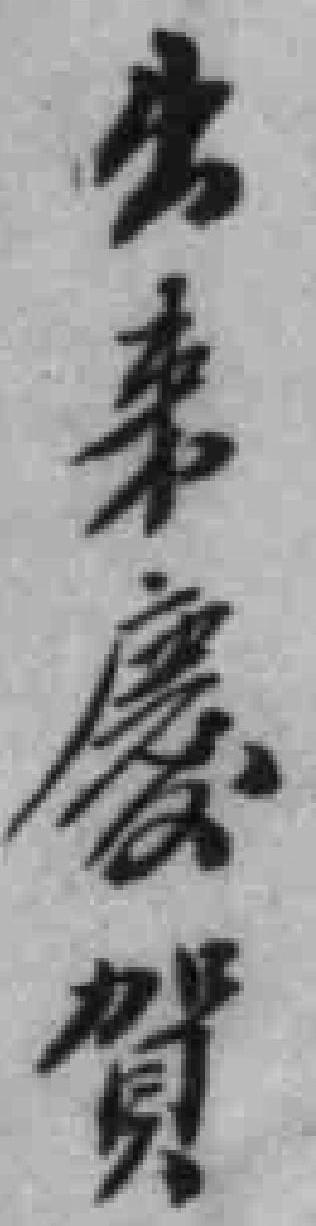
出来慶贺